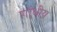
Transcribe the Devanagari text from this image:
गांधीय